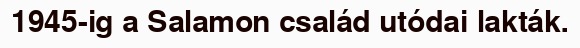
1945-ig a Salamon család utódai lakták.